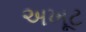
અખૂટ